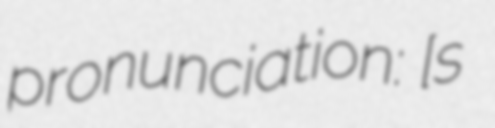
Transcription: pronunciation: ​[sɛ̃ ʒɔʁʒ